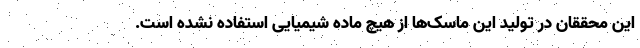
این محققان در تولید این ماسک‌ها از هیچ ماده شیمیایی استفاده نشده است.